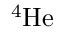
^ { 4 } \mathrm { H e }